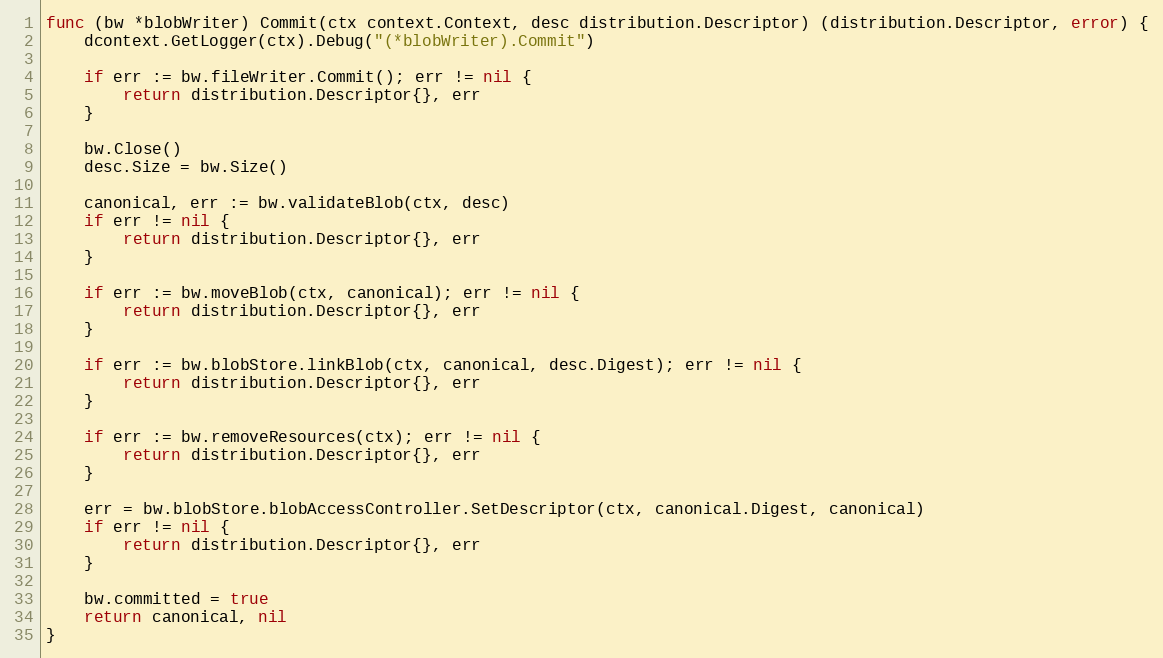
Language: Go
func (bw *blobWriter) Commit(ctx context.Context, desc distribution.Descriptor) (distribution.Descriptor, error) {
	dcontext.GetLogger(ctx).Debug("(*blobWriter).Commit")

	if err := bw.fileWriter.Commit(); err != nil {
		return distribution.Descriptor{}, err
	}

	bw.Close()
	desc.Size = bw.Size()

	canonical, err := bw.validateBlob(ctx, desc)
	if err != nil {
		return distribution.Descriptor{}, err
	}

	if err := bw.moveBlob(ctx, canonical); err != nil {
		return distribution.Descriptor{}, err
	}

	if err := bw.blobStore.linkBlob(ctx, canonical, desc.Digest); err != nil {
		return distribution.Descriptor{}, err
	}

	if err := bw.removeResources(ctx); err != nil {
		return distribution.Descriptor{}, err
	}

	err = bw.blobStore.blobAccessController.SetDescriptor(ctx, canonical.Digest, canonical)
	if err != nil {
		return distribution.Descriptor{}, err
	}

	bw.committed = true
	return canonical, nil
}